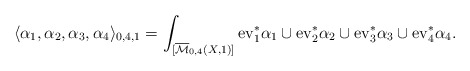
\begin{align*}\langle\alpha_1,\alpha_2,\alpha_3,\alpha_4 \rangle_{0,4,1}=\int_{[\overline{\mathcal{M}}_{0,4}(X,1)]}\mathrm{ev}_1^* \alpha_1\cup \mathrm{ev}_2^* \alpha_2\cup \mathrm{ev}_3^* \alpha_3\cup \mathrm{ev}_4^* \alpha_4.\end{align*}